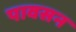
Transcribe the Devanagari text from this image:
पावसन